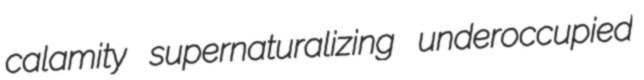
calamity supernaturalizing underoccupied